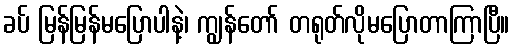
ခပ် မြန်မြန်မပြောပါနဲ့၊ ကျွန်တော် တရုတ်လိုမပြောတာကြာပြီ။